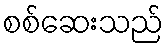
စစ်ဆေးသည်